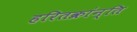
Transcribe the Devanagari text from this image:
हरितक्रांन्ति